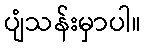
ပျံသန်းမှာပါ။